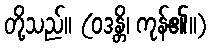
တို့သည်။ (ဝဒန္တိ၊ ကုန်၏။)